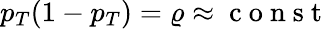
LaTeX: p_{T}(1-p_{T})=\varrho\approx\mathrm{~c~o~n~s~t~}